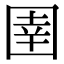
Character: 圉